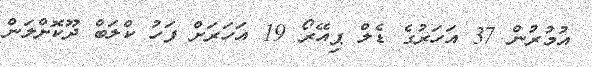
އުމުރުން 37 އަހަރުގެ ޑެލް ޕިއޭރޯ 19 އަހަރަށް ފަހު ކްލަބް ދޫކޮށްލަން